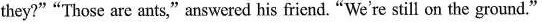
they?""Those are ants,"answered his friend. "We're still on the ground."